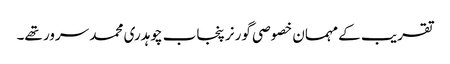
تقریب کے مہمان خصوصی گورنر پنجاب چوہدری محمد سرور تھے۔